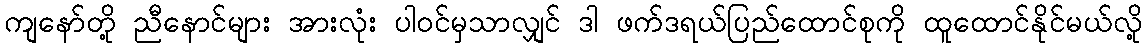
ကျနော်တို့ ညီနောင်များ အားလုံး ပါဝင်မှသာလျှင် ဒါ ဖက်ဒရယ်ပြည်ထောင်စုကို ထူထောင်နိုင်မယ်လို့